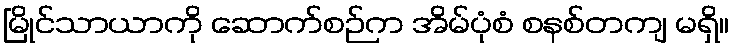
မြိုင်သာယာကို ဆောက်စဉ်က အိမ်ပုံစံ စနစ်တကျ မရှိ။